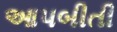
આપબીતી